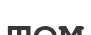
том